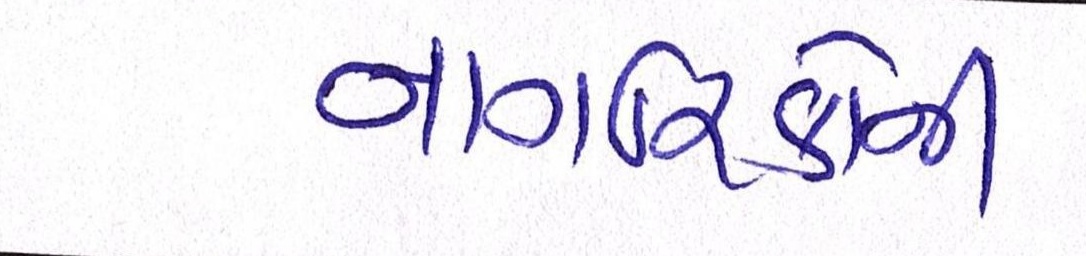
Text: નાગરિકોની